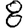
Digit: 8